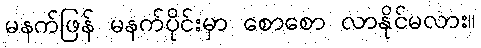
မနက်ဖြန် မနက်ပိုင်းမှာ စောစော လာနိုင်မလား။